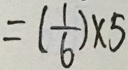
= ( \frac { 1 } { 6 } ) \times 5